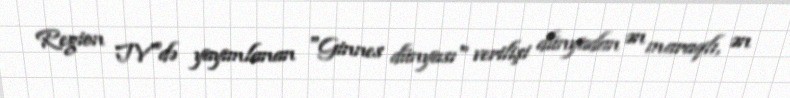
Region TV"də yayımlanan "Ginnes dünyası" verilişi dünyadan ən maraqlı, ən